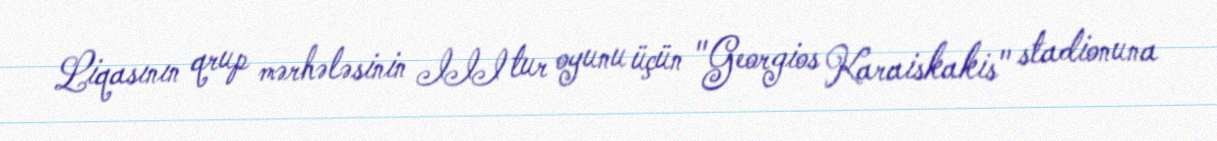
Liqasının qrup mərhələsinin III tur oyunu üçün "Georgios Karaiskakis" stadionuna